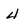
Character: 4